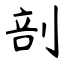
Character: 剖